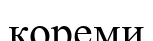
кореми